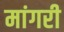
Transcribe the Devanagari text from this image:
मांगरी